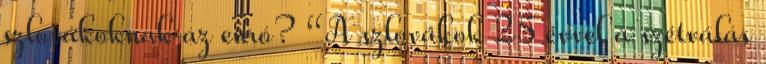
szlovákoknak az euró? “A szlovákok 25 évvel a szétválás